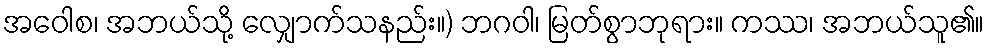
အဝေါစ၊ အဘယ်သို့ လျှောက်သနည်း။) ဘဂဝါ၊ မြတ်စွာဘုရား။ ကဿ၊ အဘယ်သူ၏။